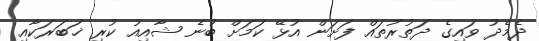
ދެމެދު ވައިގެ ދަތުރުތައް ފަށަން އުޅޭ ކަމަށް ބުނެ ޝާއިއު ކުރި ޚަބަަރަކާއި